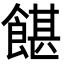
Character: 𩜱